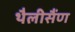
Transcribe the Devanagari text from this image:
थैलीसैंण